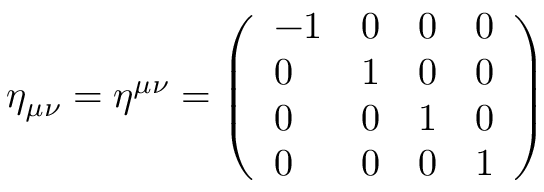
\eta _ { \mu \nu } = \eta ^ { \mu \nu } = { \left( \begin{array} { l l l l } { - 1 } & { 0 } & { 0 } & { 0 } \\ { 0 } & { 1 } & { 0 } & { 0 } \\ { 0 } & { 0 } & { 1 } & { 0 } \\ { 0 } & { 0 } & { 0 } & { 1 } \end{array} \right) }